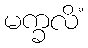
မက္ခလိံ